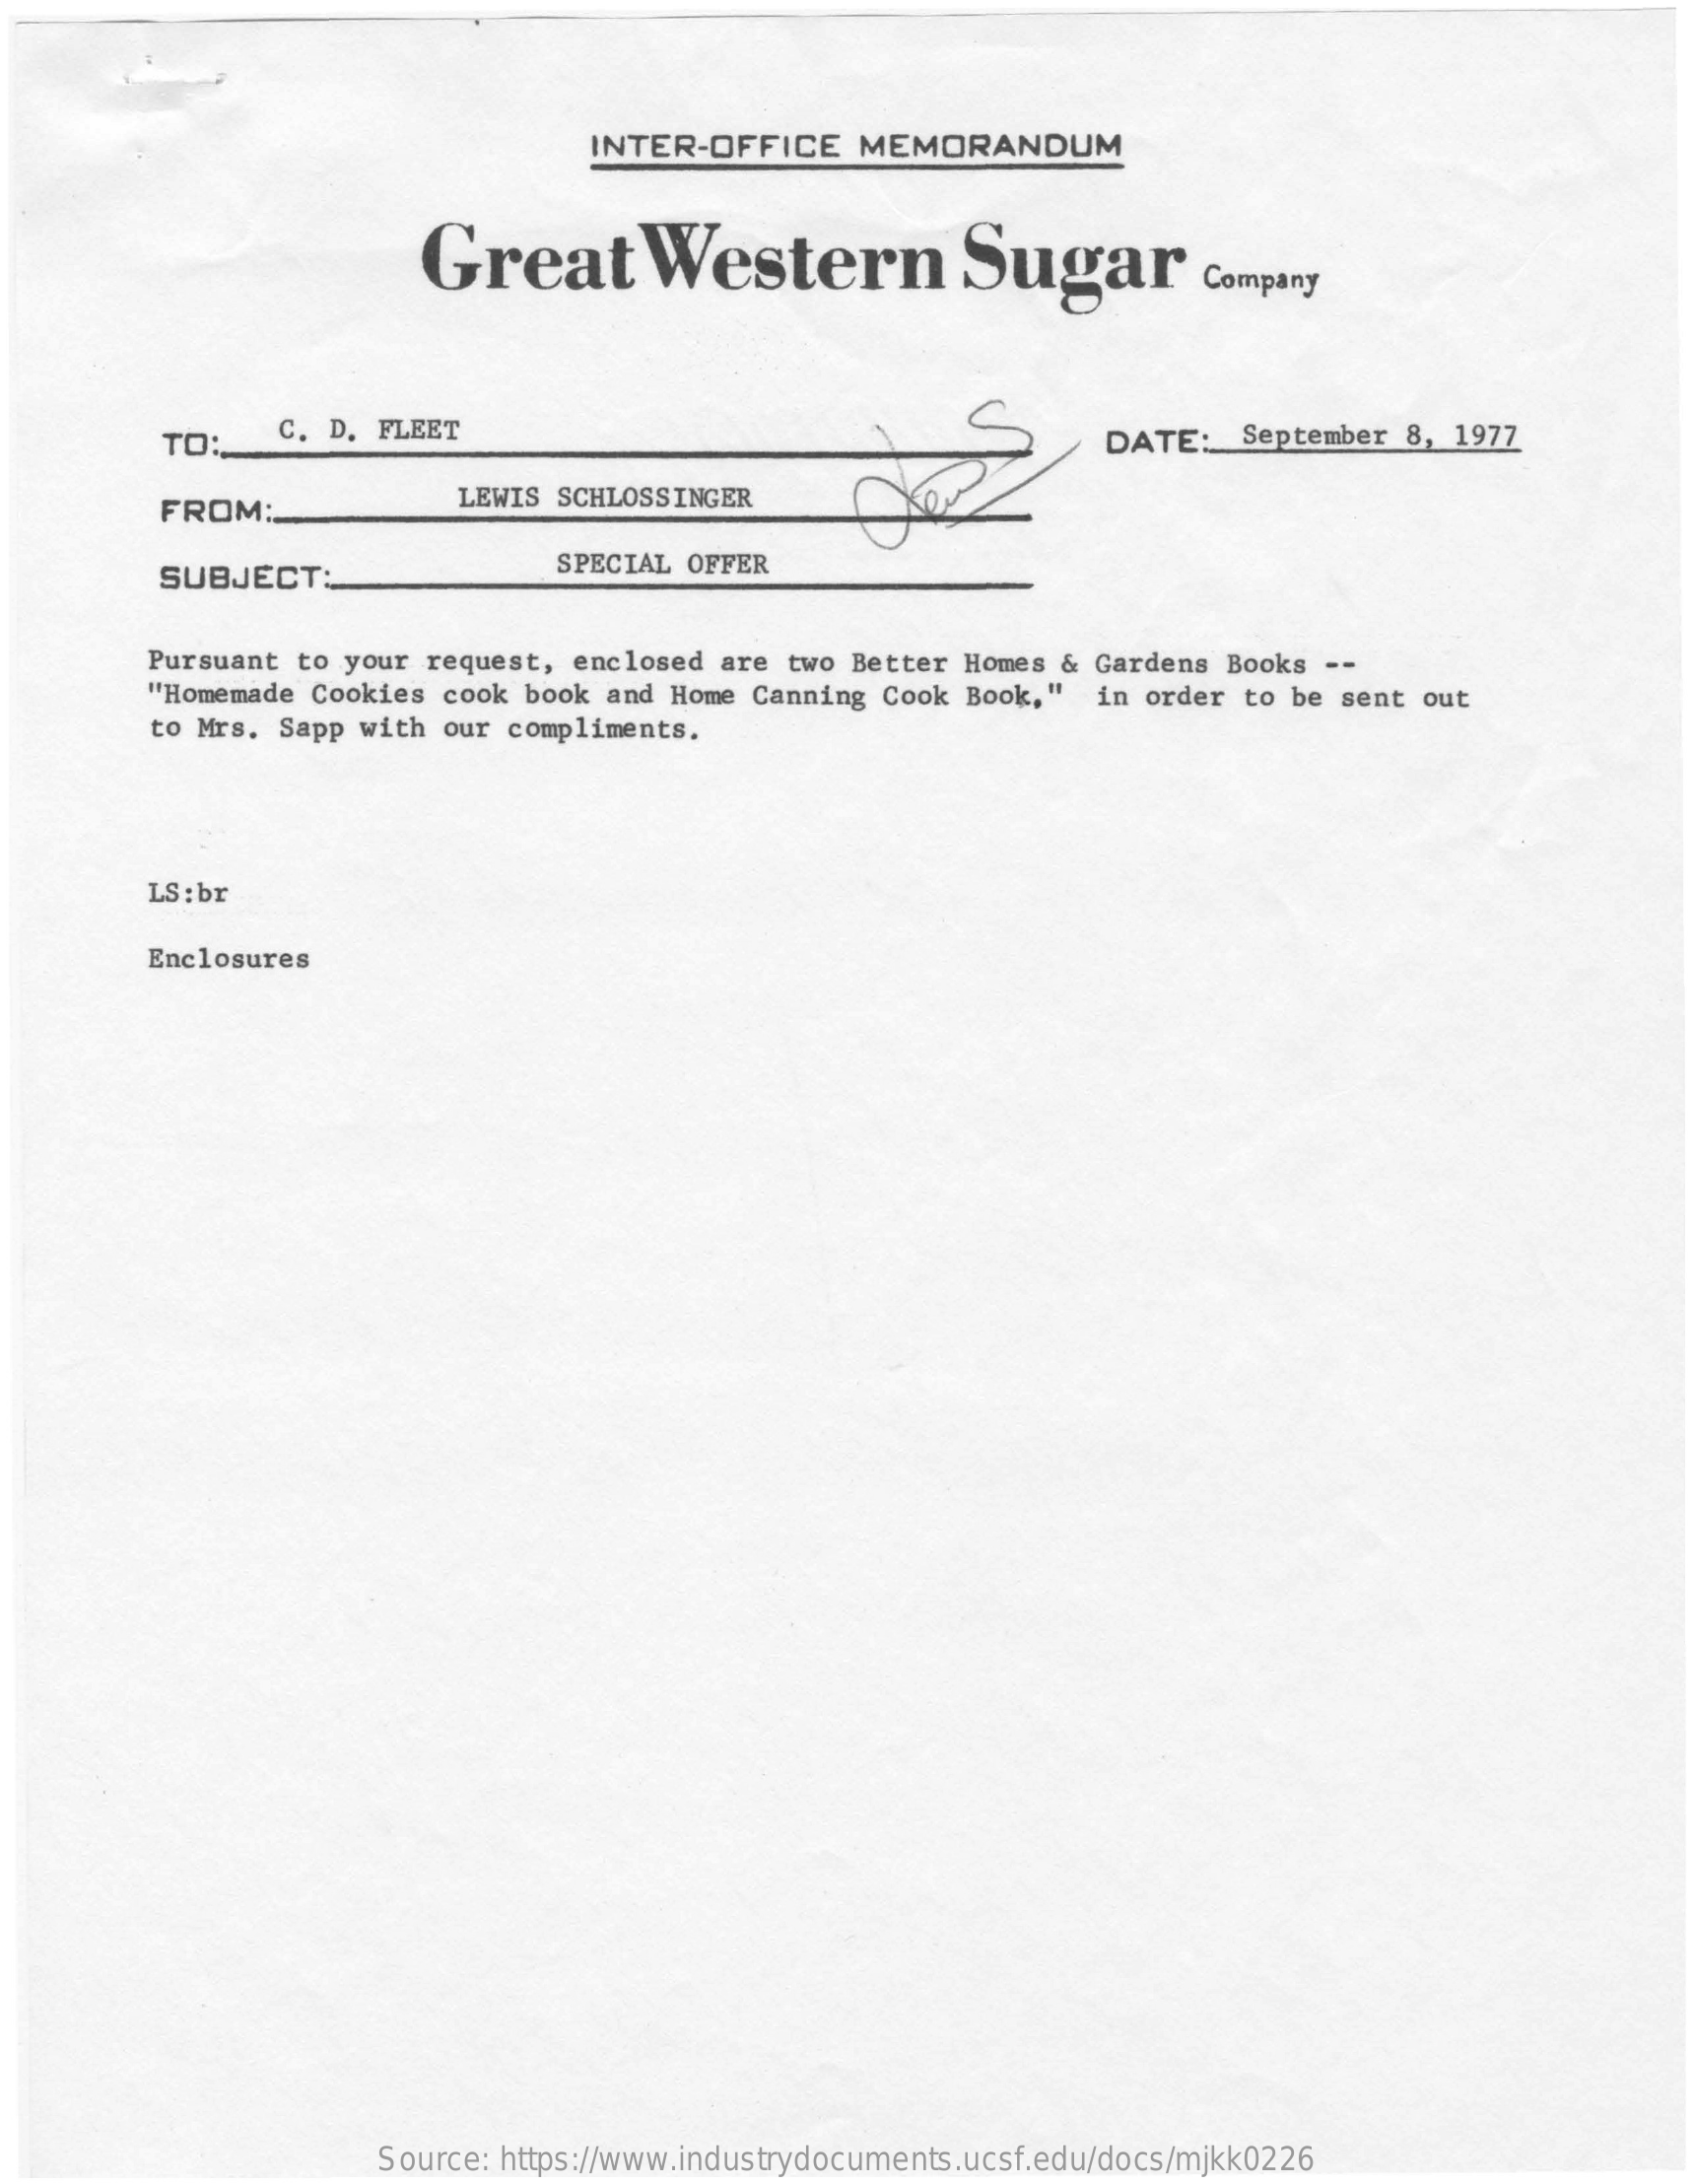
INTER-OFFICE MEMORANDUM
     Great    Western    Sugar    Company
     TO:   C. D. FLEET    DATE:  September 8, 1977
     FROM:
     LEWIS SCHLOSSINGER
     SUBJECT:    SPECIAL OFFER
     Pursuant to your request, enclosed are two Better Homes & Gardens Books --
     "Homemade Cookies cook book and Home Canning Cook Book," in order to be sent out
     to Mrs. Sapp with our compliments.
     LS : br
     Enclosures
     Source: https://www.industrydocuments.ucsf.edu/docs/mjkk0226